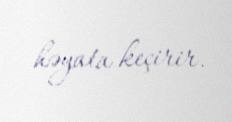
həyata keçirir.